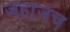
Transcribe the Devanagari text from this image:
जहाजच